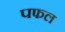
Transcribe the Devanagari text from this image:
पफल